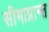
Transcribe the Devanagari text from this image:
सीमाप्रान्त